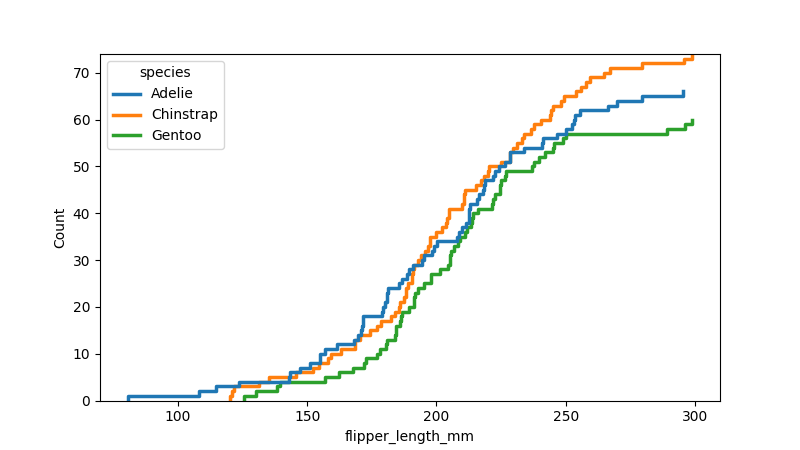
python, seaborn, ecdfplot, column='flipper_length_mm', hue='species', stat='count', linewidth=2.5